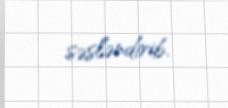
səsləndirib.